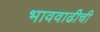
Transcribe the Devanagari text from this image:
भाववाढीची